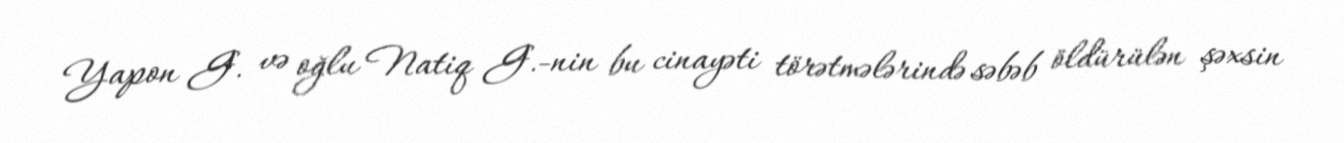
Yapon G. və oğlu Natiq G.-nin bu cinayəti törətmələrində səbəb öldürülən şəxsin